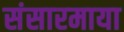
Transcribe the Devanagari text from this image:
संसारमाया